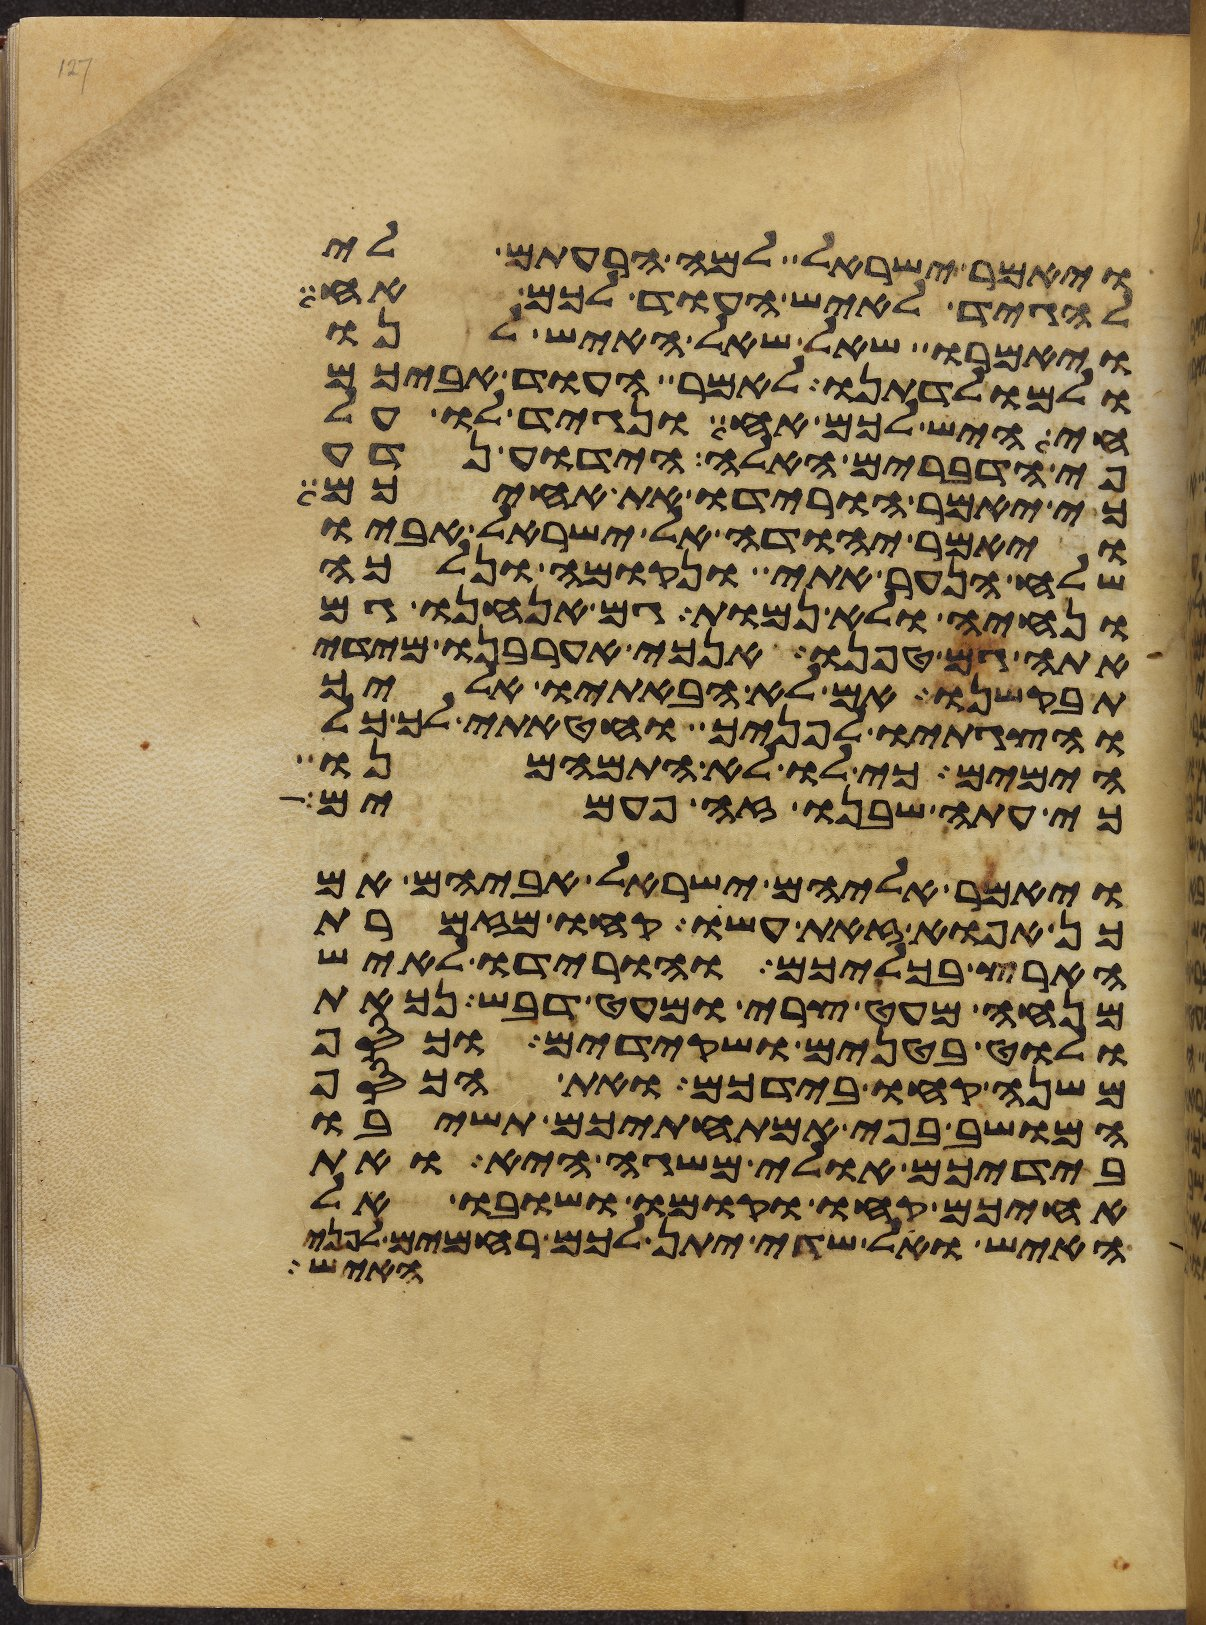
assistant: ויאמר ישראל למה הרעתם לי
להגיד לאיש העוד לכם אח
ויאמרו שאל שאל האיש לנו
ולמולדתנו לאמר העוד אביכם
חי היש לכם אח ונגיד לו על
פי הדברים האלה היודע נדע
כי יאמר הורידו את אחיכם
ויאמר יהודה אל ישראל אביו
שלח הנער אתי ונקומה ונלכה
ונחיה ולא נמות גם אנחנו גם
אתה גם טפנו אנכי אערבנו מידי
תבקשנו אם לא הבאתיו אליך
והצגתיו לפניך וחטאתי לך כל
הימים כי לו לא התמהמנו
כי עתה שבנו זה פעמים
ויאמר אליהם ישראל אביהם אם
כן אפוא זאת עשו קחו מזמרת
הארץ בכליכם והורידו לאיש
מנחה מעט צרי ומעט דבש נכאת
ולוט בטנים ושקידים וכסף
משנה קחו בידכם ואת הכסף
המושב בפי אמתחתיכם תשיבו
בידיכם אולי משגה היא ואת
אחיכם קחו וקומו ושובו אל
האיש ואל שדי יתן לכם רחמים לפני
האיש